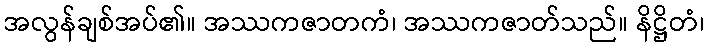
အလွန်ချစ်အပ်၏။ အဿကဇာတကံ၊ အဿကဇာတ်သည်။ နိဋ္ဌိတံ၊